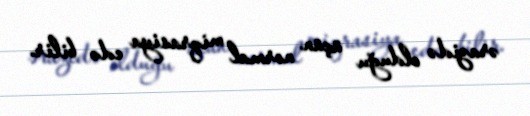
ərazidə olduğu üçün normal miqrasiya edə bilir.